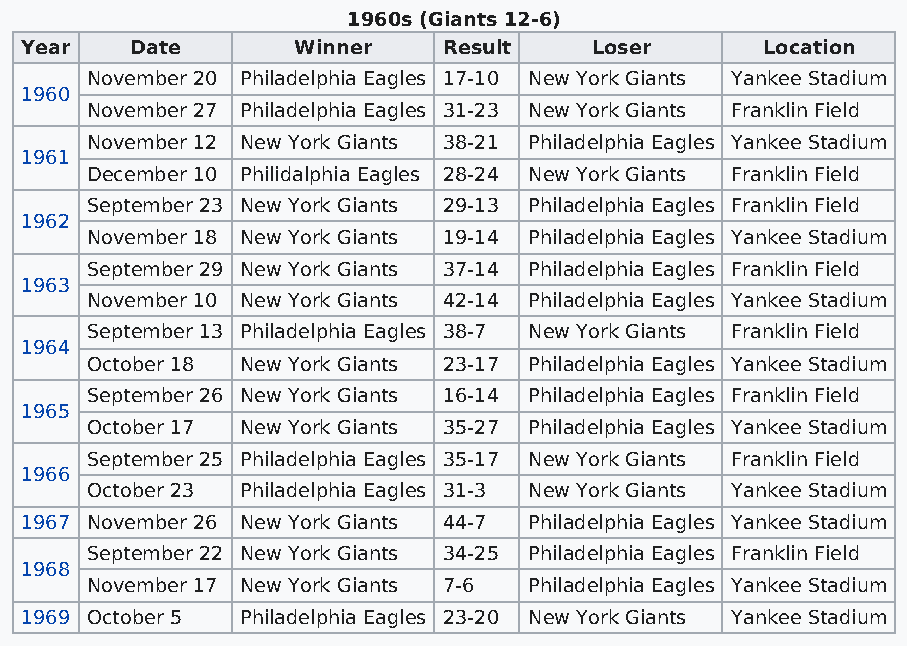
1960s (Giants 12-6)
 Year    Date      Winner    Result    Loser      Location
 November 20 Philadelphia Eagles 17-10 New York Giants Yankee Stadium
 1960
 November 27 Philadelphia Eagles 31-23 New York Giants Franklin Field
 November 12 New York Giants 38-21 Philadelphia Eagles Yankee Stadium
 1961
 December 10 Philidalphia Eagles 28-24 New York Giants Franklin Field
 September 23 New York Giants 29-13 Philadelphia Eagles Franklin Field
 1962
 November 18 New York Giants 19-14 Philadelphia Eagles Yankee Stadium
 September 29 New York Giants 37-14 Philadelphia Eagles Franklin Field
 1963
 November 10 New York Giants 42-14 Philadelphia Eagles Yankee Stadium
 September 13 Philadelphia Eagles 38-7 New York Giants Franklin Field
 1964
 October 18 New York Giants 23-17 Philadelphia Eagles Yankee Stadium
 September 26 New York Giants 16-14 Philadelphia Eagles Franklin Field
 1965
 October 17 New York Giants 35-27 Philadelphia Eagles Yankee Stadium
 September 25 Philadelphia Eagles 35-17 New York Giants Franklin Field
 1966
 October 23 Philadelphia Eagles 31-3 New York Giants Yankee Stadium
 1967 November 26 New York Giants 44-7 Philadelphia Eagles Yankee Stadium
 September 22 New York Giants 34-25 Philadelphia Eagles Franklin Field
 1968
 November 17 New York Giants 7-6 Philadelphia Eagles Yankee Stadium
 1969 October 5 Philadelphia Eagles 23-20 New York Giants Yankee Stadium